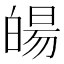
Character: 𤾉